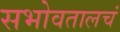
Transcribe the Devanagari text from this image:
सभोवतालचं